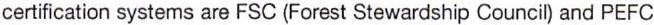
certification systems are FSC (Forest Stewardship Council) and PEFC